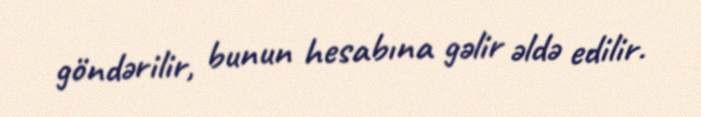
göndərilir, bunun hesabına gəlir əldə edilir.